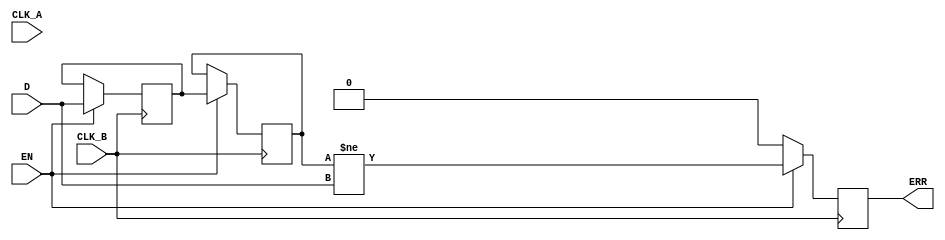
module cdc_detector (
    input wire D,          // Data signal crossing from CLK_A to CLK_B
    input wire CLK_A,      // Source clock
    input wire CLK_B,      // Destination clock
    input wire EN,         // Optional enable signal
    output reg ERR         // Error signal output
);

// Internal signals for synchronization
reg D_sync1, D_sync2;

// Synchronization process
always @(posedge CLK_B) begin
    if (EN) begin
        D_sync1 <= D;       // First stage of synchronization
        D_sync2 <= D_sync1; // Second stage of synchronization
    end
end

// Error detection logic
always @(posedge CLK_B) begin
    if (EN) begin
        // Compare the synchronized output with the original data signal
        ERR <= (D_sync2 != D);
    end else begin
        ERR <= 1'b0; // When disabled, no error
    end
end

endmodule